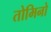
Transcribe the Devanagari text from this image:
तोमिनो